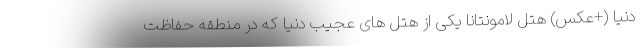
دنیا (+عکس) هتل لامونتانا یکی از هتل های عجیب دنیا که در منطقه حفاظت